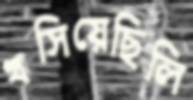
খসিয়েছিলি